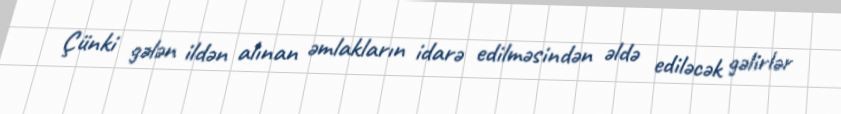
Çünki gələn ildən alınan əmlakların idarə edilməsindən əldə ediləcək gəlirlər